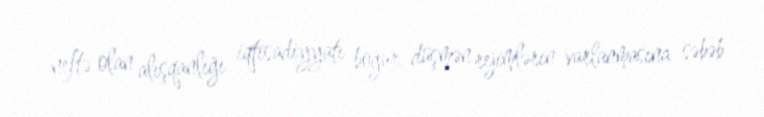
neftə olan alışqanlığı iqtisadiyyatı boğur, düşmən rejimlərin varlanmasına səbəb